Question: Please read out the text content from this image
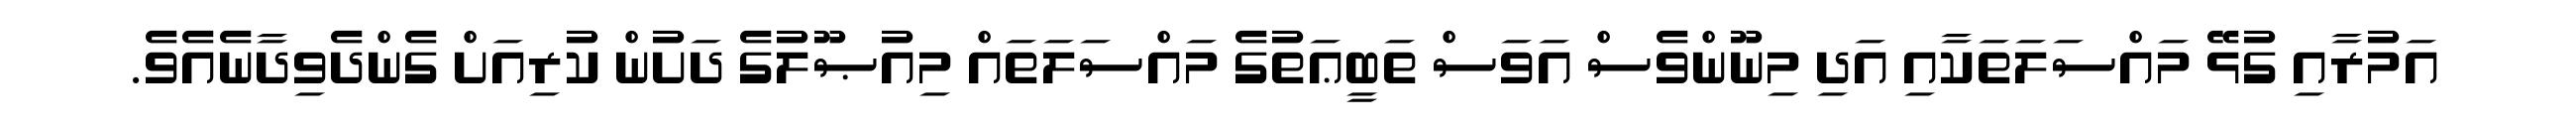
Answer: އަމުރާއި ގުޅޭ މައްސަލަތަކާއި އަދި މިނޫންވެސް އަވަސް ތަބީޢަތުގެ މައްސަލަތައް މިއުޞޫލުގެ ދަށުން ކުރިއަށް ގެންދެވިދާނެއެވެ.